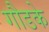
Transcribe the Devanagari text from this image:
गौडके